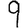
Digit: 9